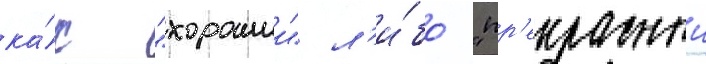
ка́к "хорошии" л'и́бо "пр'екрасныи